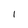
Character: I